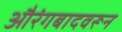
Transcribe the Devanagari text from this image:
औरंगबादवरून